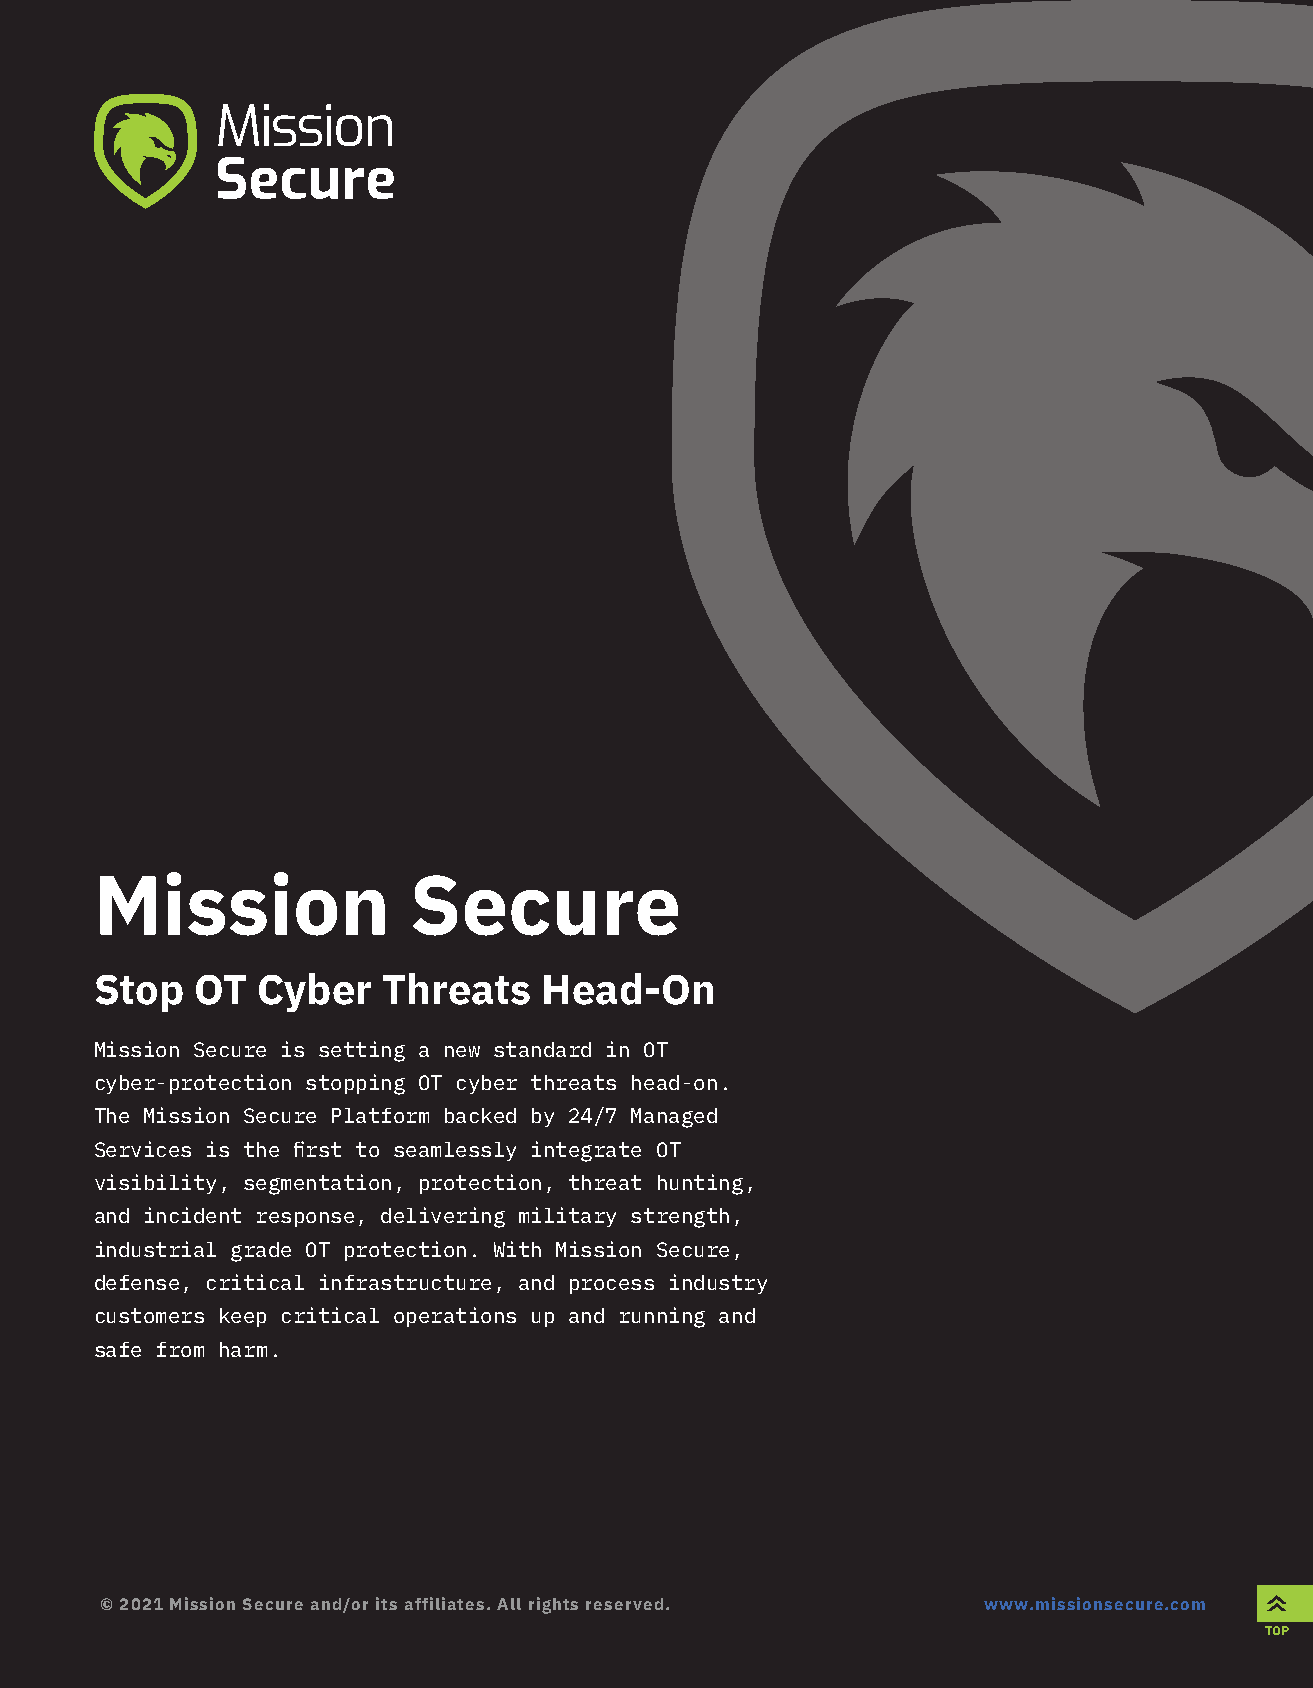
Mission              Secure
 Stop   OT  Cyber   Threats    Head-On
 Mission Secure is setting a new standard in OT
 cyber-protection stopping OT cyber threats head-on.
 The Mission Secure Platform backed by 24/7 Managed
 Services is the first to seamlessly integrate OT
 visibility, segmentation, protection, threat hunting,
 and incident response, delivering military strength,
 industrial grade OT protection. With Mission Secure,
 defense, critical infrastructure, and process industry
 customers keep critical operations up and running and
 safe from harm.
 © 2021 Mission Secure and/or its affiliates. All rights reserved. www.missionsecure.com
 TOP